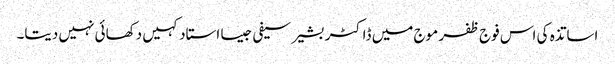
اساتذہ کی اس فوج ظفر موج میں ڈاکٹر بشیر سیفی جیسا استاد کہیں دکھائی نہیں دیتا۔